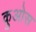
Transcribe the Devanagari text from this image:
कुओस